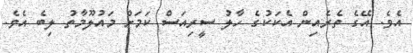
އެވެ. އޭގެ ތެރެއިން އެކަކުގެ ހާލު ސީރިއަސް ކަމަށް މައުލޫމާތު ލިބެ އެވެ.